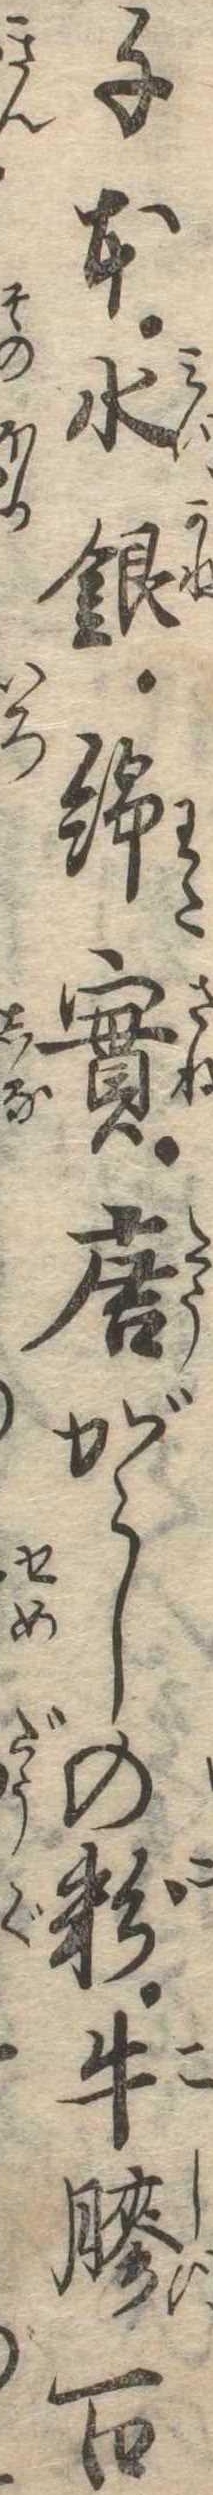
千本水銀綿実唐がらしの粉牛膠百